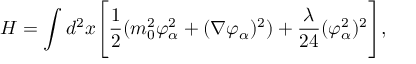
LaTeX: H = \int d ^ { 2 } x \Biggl [ { \frac { 1 } { 2 } } ( m _ { 0 } ^ { 2 } \varphi _ { \alpha } ^ { 2 } + ( \nabla \varphi _ { \alpha } ) ^ { 2 } ) + { \frac { \lambda } { 2 4 } } ( \varphi _ { \alpha } ^ { 2 } ) ^ { 2 } \Biggr ] , \,